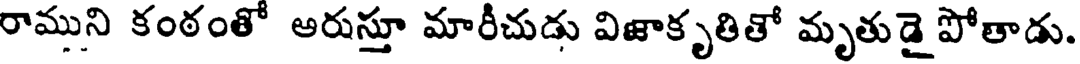
రాముని కంఠంతో ఆరుస్తూ మారీచుడు విజాకృతితో మృతుడై పోతాడు.